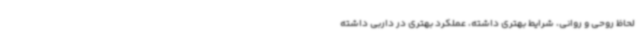
لحاظ روحی و روانی، شرایط بهتری داشته، عملکرد بهتری در داربی داشته